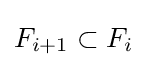
F_{i+1}\subset F_{i}